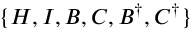
\{ H , I , B , C , B ^ { \dagger } , C ^ { \dagger } \}